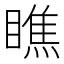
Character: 瞧